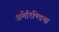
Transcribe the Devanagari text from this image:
अमेरिण्डिया